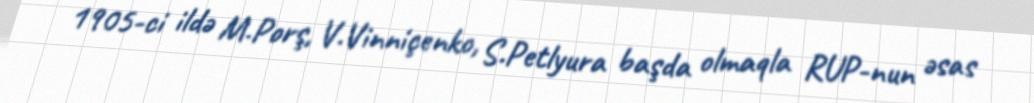
1905-ci ildə M.Porş, V.Vinniçenko, S.Petlyura başda olmaqla RUP-nun əsas